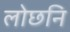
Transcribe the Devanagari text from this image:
लोछनि